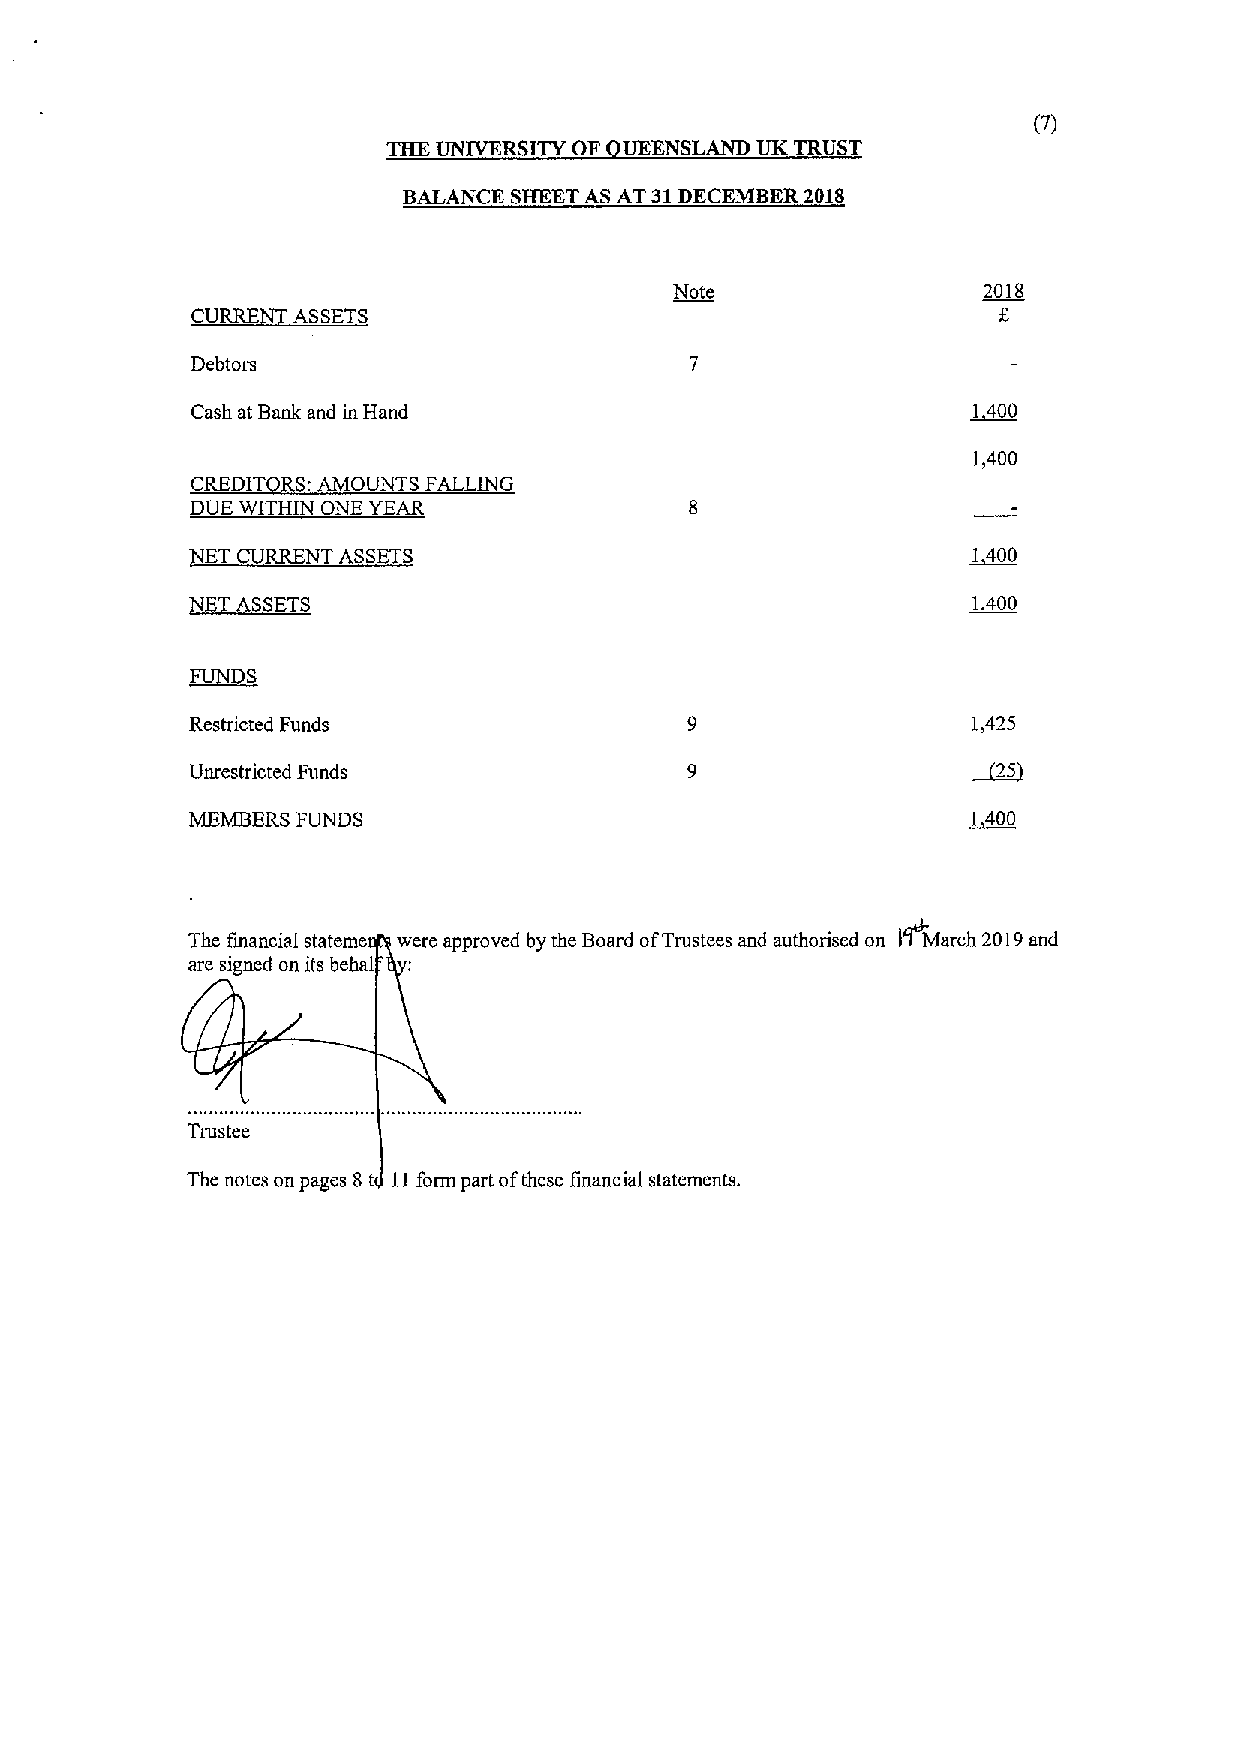
(7)
 THE UNIVERSITY OF UEENSLAND UK TRUST
 BALANCE SHEETAS AT 31DECEMBER 2018
 Note                2018
 CU    ASSETS
 Debtors
 Cash at Bank and in Hand                           1 400
 1,400
 CREDIT RS AMOUNTS FALLING
 DUE WITHIN ONE YEAR
 NET CURRENT ASSETS                                 I 400
 ASSETS                                          1 400
 FUNDS
 Restricted Funds                                   1,425
 ~25
 Unrestricted Funds
 MEMBERS FUNDS                                      I 400
 The financial stateme were approved by the Board ofTrustees and authorised on 0 March 2019and
 are signed on its behal
 Trustee
 The notes on pages 8t 11form part ofthese financial statements.